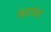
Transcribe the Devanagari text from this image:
जाटवंश